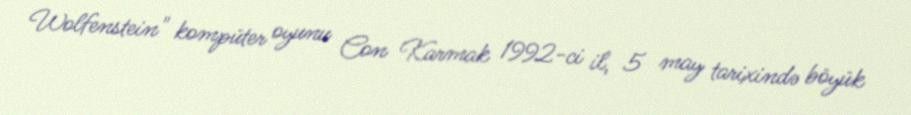
Wolfenstein" kompüter oyunu Con Karmak 1992-ci il, 5 may tarixində böyük